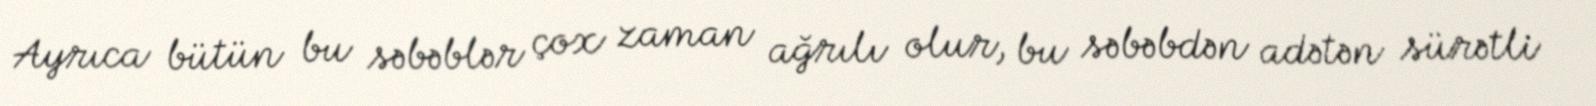
Ayrıca bütün bu səbəblər çox zaman ağrılı olur, bu səbəbdən adətən sürətli